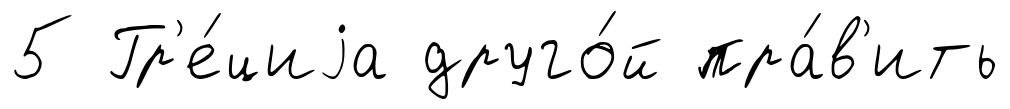
5 Гр'е́циjа друго́й пра́в'ить